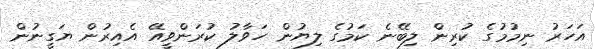
އަހަރު ނިމުމުގެ ކުރިން ލިބޭނެ ކަމުގެ ލިޔުން ހަވާލު ކުރަންވީއޭ އެއިރުން ޔަގީނުން